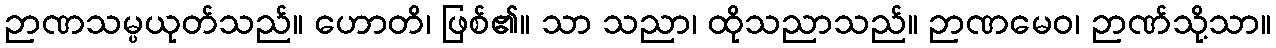
ဉာဏသမ္ပယုတ်သည်။ ဟောတိ၊ ဖြစ်၏။ သာ သညာ၊ ထိုသညာသည်။ ဉာဏမေဝ၊ ဉာဏ်သို့သာ။